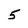
Character: 5